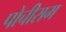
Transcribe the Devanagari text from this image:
पोचीराम